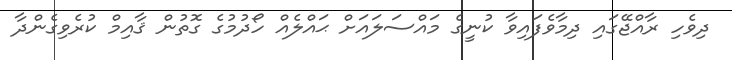
ދިވެހި ރާއްޖޭގައި ދިމާވެފައިވާ ކުނީގެ މައްސަލައަށް ޙައްލެއް ހޯދުމުގެ ގޮތުން ޤާއިމް ކުރެވިގެންދާ